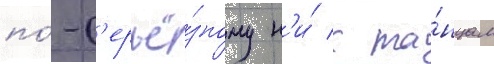
по́-с'ерьё́зному н'и́ к та́нцам